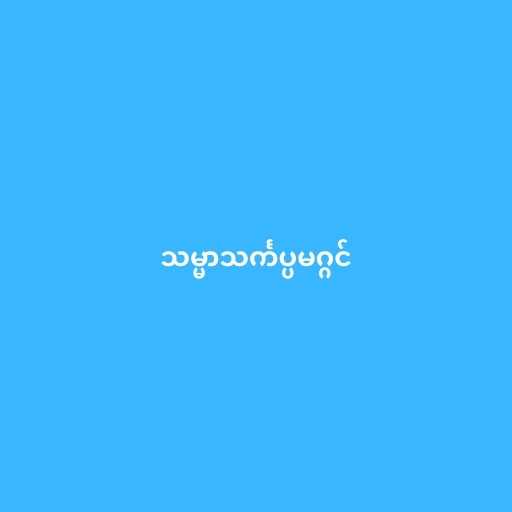
သမ္မာသင်္ကပ္ပမဂ္ဂင်